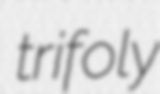
trifoly